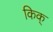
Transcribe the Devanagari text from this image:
किक्